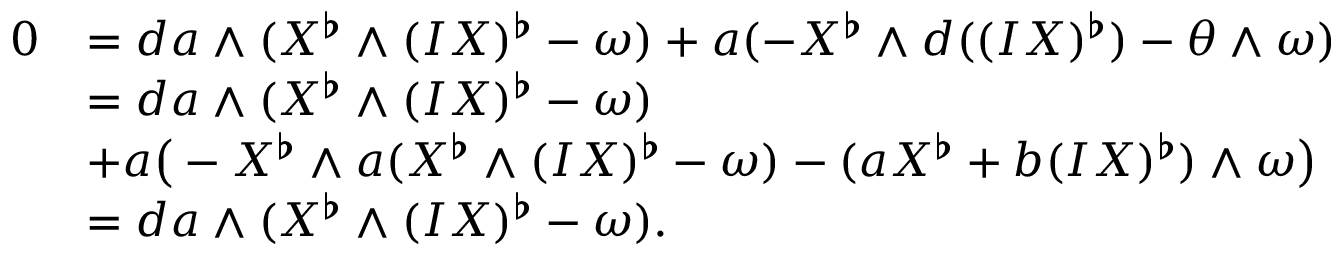
\begin{array} { r l } { 0 } & { = d a \wedge ( X ^ { \flat } \wedge ( I X ) ^ { \flat } - \omega ) + a ( - X ^ { \flat } \wedge d ( ( I X ) ^ { \flat } ) - \theta \wedge \omega ) } \\ & { = d a \wedge ( X ^ { \flat } \wedge ( I X ) ^ { \flat } - \omega ) } \\ & { + a \big ( - X ^ { \flat } \wedge a ( X ^ { \flat } \wedge ( I X ) ^ { \flat } - \omega ) - ( a X ^ { \flat } + b ( I X ) ^ { \flat } ) \wedge \omega \big ) } \\ & { = d a \wedge ( X ^ { \flat } \wedge ( I X ) ^ { \flat } - \omega ) . } \end{array}